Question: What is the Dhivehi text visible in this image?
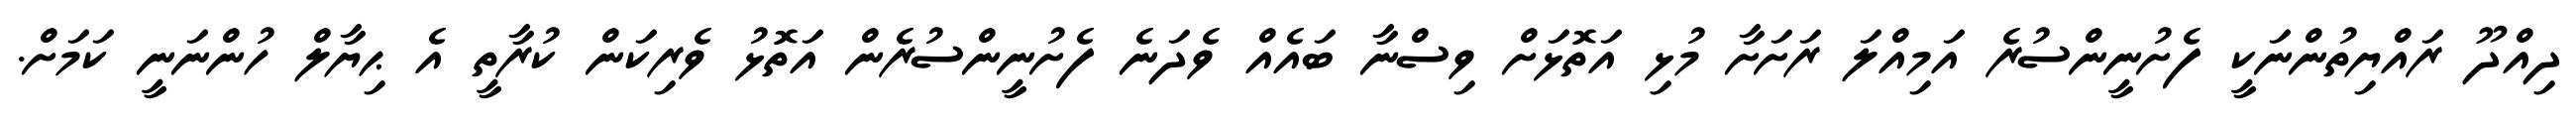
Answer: ދިއްދޫ ރައްޔިތުންނަކީ ފެށުނީންސުރެ އަމިއްލަ ރަށަށާ މުޅި އަތޮޅަށް ވިސްނާ ބައެއް ވެދަނެ ފެށުނީންސުރެން އަތޮޅު ވެރިކަން ކުރާތީ އެ ޙިޔާލް ހުންނަނީ ކަމަށް.